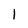
Character: 1